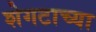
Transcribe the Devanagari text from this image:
शेगटाच्या